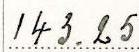
143.25